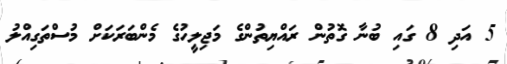
5 އަދި 8 ގައި ބުނާ ގޮތުން ރައްޔިތުންގެ މަޖިލީހުގެ މެންބަރަކަށް މުސްތަގިއްލު